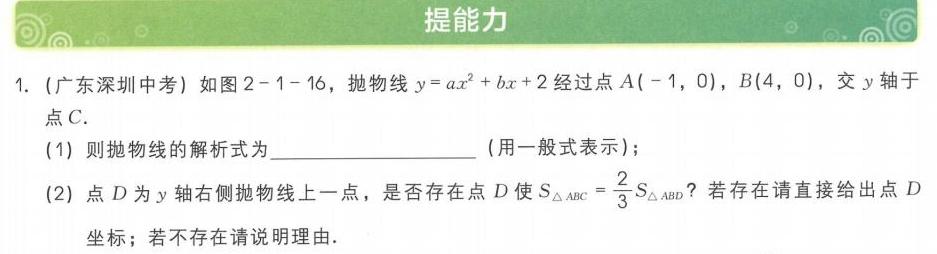
1. (广东深圳中考) 如图2 - 1 - 16，抛物线\(y = ax^{2}+bx + 2\)经过点\(A(-1,0)\)，\(B(4,0)\)，交\(y\)轴于点\(C\).
(1) 则抛物线的解析式为________________（用一般式表示）；
(2) 点\(D\)为\(y\)轴右侧抛物线上一点，是否存在点\(D\)使\(S_{\triangle ABC}=\frac{2}{3}S_{\triangle ABD}\)？若存在请直接给出点\(D\)坐标；若不存在请说明理由.